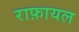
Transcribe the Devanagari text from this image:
राफ़ायल